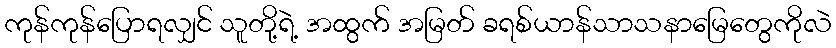
ကုန်ကုန်ပြောရလျှင် သူတို့ရဲ့ အထွက် အမြတ် ခရစ်ယာန်သာသနာမြေတွေကိုလဲ